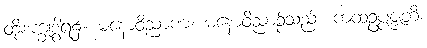
ထိုစက္ခုဒွါရ၌။ မနောဝိညာဏံ၊ မနောဝိညာဉ်သည်။ ကထံဥပ္ပဇ္ဇတိ၊